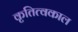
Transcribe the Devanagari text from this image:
कृतित्वकाल